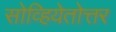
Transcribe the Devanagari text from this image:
सोव्हियेतोत्तर